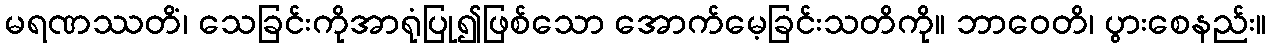
မရဏဿတိံ၊ သေခြင်းကိုအာရုံပြု၍ဖြစ်သော အောက်မေ့ခြင်းသတိကို။ ဘာဝေတိ၊ ပွားစေနည်း။